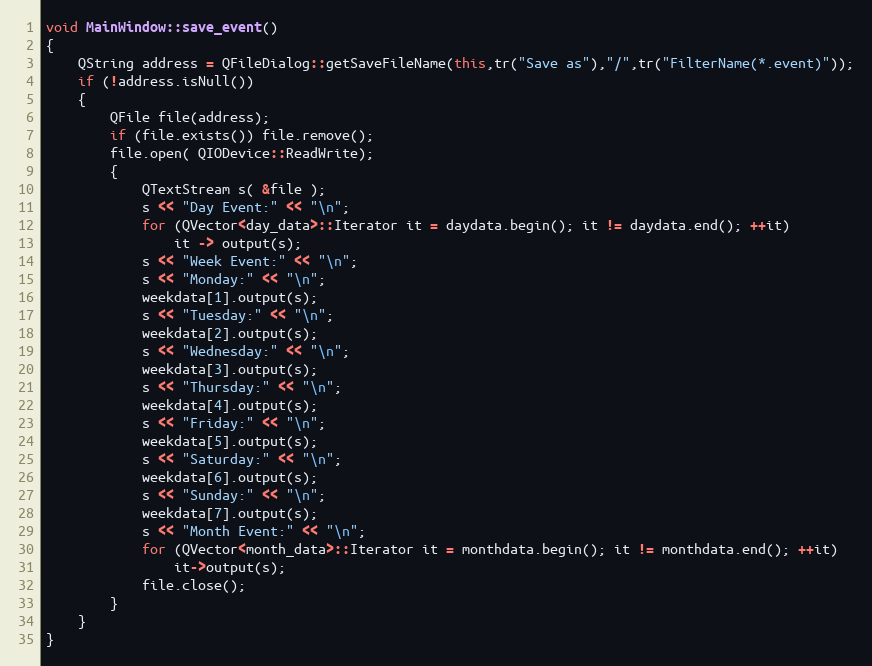
Language: C++
void MainWindow::save_event()
{
    QString address = QFileDialog::getSaveFileName(this,tr("Save as"),"/",tr("FilterName(*.event)"));
    if (!address.isNull())
    {
        QFile file(address);
        if (file.exists()) file.remove();
        file.open( QIODevice::ReadWrite);
        {
            QTextStream s( &file );
            s << "Day Event:" << "\n";
            for (QVector<day_data>::Iterator it = daydata.begin(); it != daydata.end(); ++it)
                it -> output(s);
            s << "Week Event:" << "\n";
            s << "Monday:" << "\n";
            weekdata[1].output(s);
            s << "Tuesday:" << "\n";
            weekdata[2].output(s);
            s << "Wednesday:" << "\n";
            weekdata[3].output(s);
            s << "Thursday:" << "\n";
            weekdata[4].output(s);
            s << "Friday:" << "\n";
            weekdata[5].output(s);
            s << "Saturday:" << "\n";
            weekdata[6].output(s);
            s << "Sunday:" << "\n";
            weekdata[7].output(s);
            s << "Month Event:" << "\n";
            for (QVector<month_data>::Iterator it = monthdata.begin(); it != monthdata.end(); ++it)
                it->output(s);
            file.close();
        }
    }
}